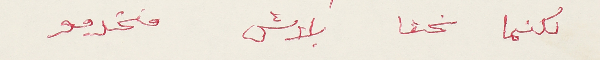
لكنما نحنا بلاش منخدمو